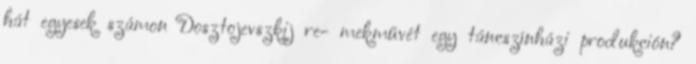
hát egyesek számon Dosztojevszkij re- mekművét egy táncszínházi produkción?